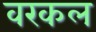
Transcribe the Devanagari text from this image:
वरकल